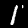
Digit: 1